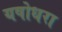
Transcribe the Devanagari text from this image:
यषोधरा